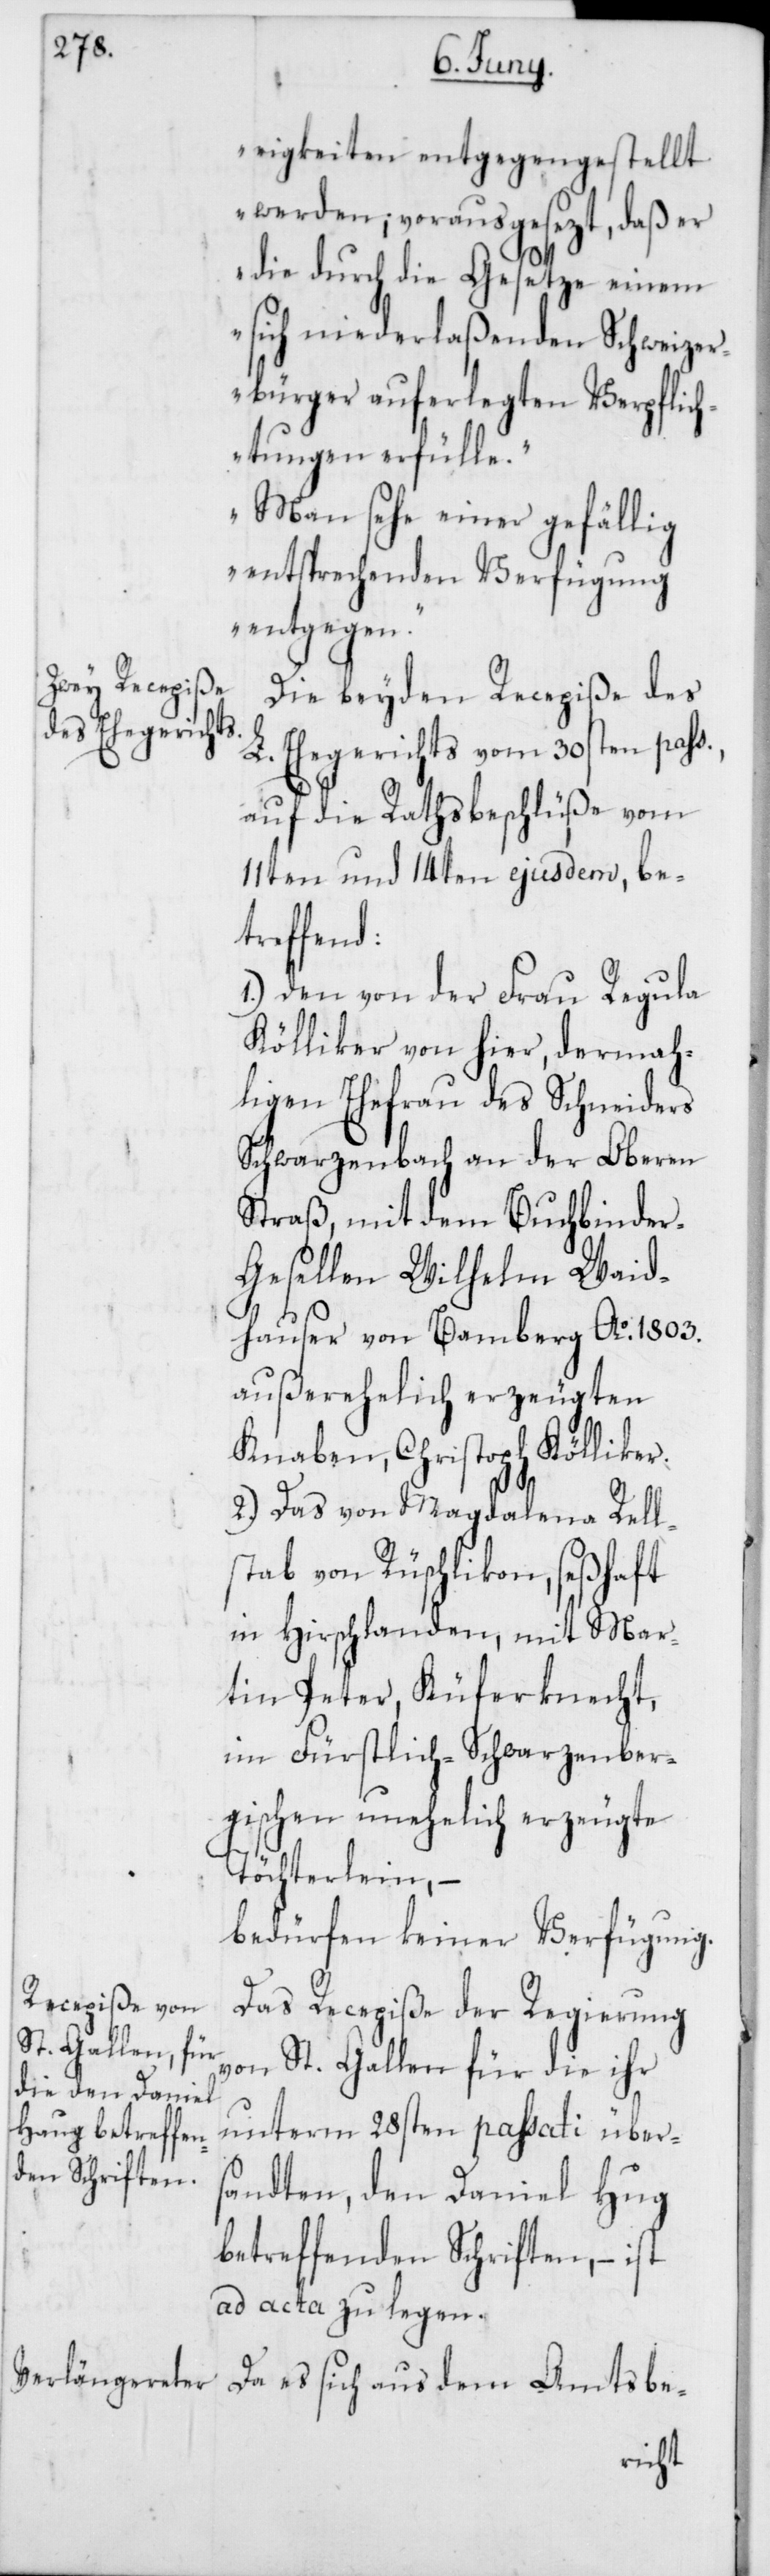
rigkeiten entgegengestellt
werden; vorausgesezt, daß er
die durch die Gesetze einem
sich niederlaßenden Schweizer¬
bürger auferlegten Verpflich¬
tungen erfülle.
Man sehe einer gefällig
entsprechenden Verfügung
entgegen.“
Die beyden Recepiße des
L. Ehegerichts vom 30sten pass.,
auf die Rathsbeschlüße vom
11ten und 14ten ejusdem, be¬
treffend:
1.) Den von der Frau Regula
Kölliker von hier, dermah¬
ligen Ehefrau des Schneiders
Schwarzenbach an der Oberen
Straß, mit dem Buchbinde¬
r-Gesellen Wilhelm Waid¬
hauser von Bamberg Ao. 1803.
außerehelich erzeugten
Knaben, Christoph Kölliker.
2.) Das von Magdalena Rell¬
stab von Rüschlikon, seßhaft
in Hirschlanden, mit Mar¬
tin Peter, Küferknecht,
im Fürstlich-Schwarzenber¬
gischen unehelich erzeugte
Töchterlein, –
bedürfen keiner Verfügung.
Das Recepiße der Regierung
von St. Gallen für die ihr
unterm 28sten passati über¬
sandten, den Daniel Hug
betreffenden Schriften, – ist
ad acta zu legen.